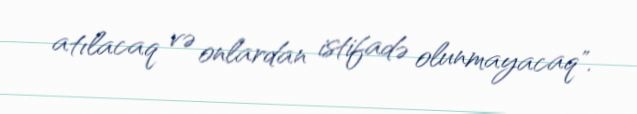
atılacaq və onlardan istifadə olunmayacaq".